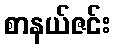
စာနယ်ဇင်း